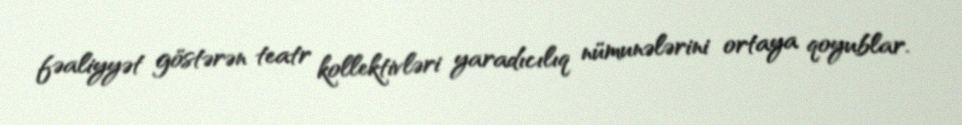
fəaliyyət göstərən teatr kollektivləri yaradıcılıq nümunələrini ortaya qoyublar.